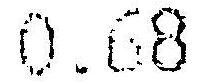
0.68